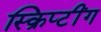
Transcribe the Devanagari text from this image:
स्क्रिप्टींग